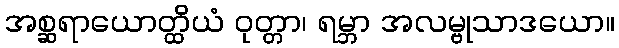
အစ္ဆရာယောတ္ထိယံ ဝုတ္တာ၊ ရမ္ဘာ အလမ္ဗုသာဒယော။